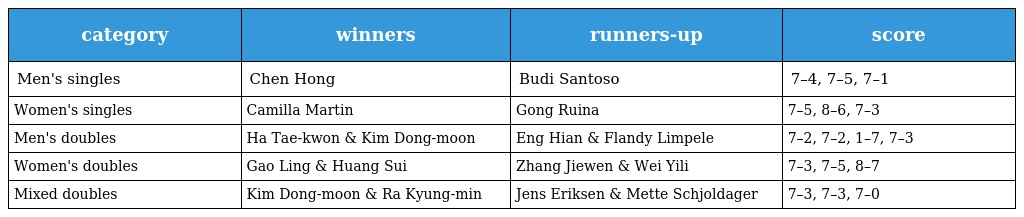
| category | winners | runners-up | score |
 | --- | --- | --- | --- |
 | Men's singles | Chen Hong | Budi Santoso | 7–4, 7–5, 7–1 |
 | Women's singles | Camilla Martin | Gong Ruina | 7–5, 8–6, 7–3 |
 | Men's doubles | Ha Tae-kwon & Kim Dong-moon | Eng Hian & Flandy Limpele | 7–2, 7–2, 1–7, 7–3 |
 | Women's doubles | Gao Ling & Huang Sui | Zhang Jiewen & Wei Yili | 7–3, 7–5, 8–7 |
 | Mixed doubles | Kim Dong-moon & Ra Kyung-min | Jens Eriksen & Mette Schjoldager | 7–3, 7–3, 7–0 |